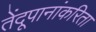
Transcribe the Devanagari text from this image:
तेंदूपानांकरिता